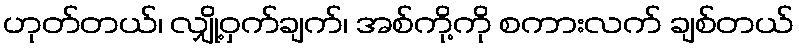
ဟုတ်တယ်၊ လျှို့ဝှက်ချက်၊ အစ်ကို့ကို စကားလက် ချစ်တယ်